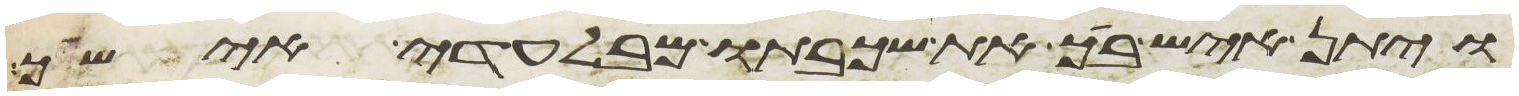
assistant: ויתן איש ביך את שכבתו מבלעדי אישיך